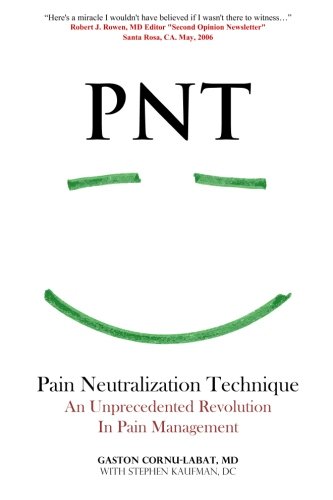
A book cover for PNT Pain Neutralization Technique: An Unprecedented Revolution in Pain Management; Gaston Cornu-Labat MD; Medical Books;